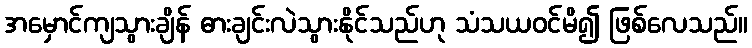
အမှောင်ကျသွားချိန် ဓားချင်းလဲသွားနိုင်သည်ဟု သံသယဝင်မိ၍ ဖြစ်လေသည်။